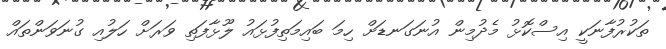
ތަކުރުފާނަކީ އިސްކޮޅު މެދުމިން އުނަގަނޑަށް ހިމަ ބައިމަތިފުޅައު ލޫޅާފަތި ވަރަށް ހަލުއި ގުނަވަންތައް